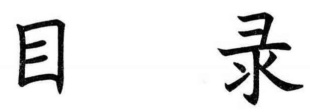
目 录